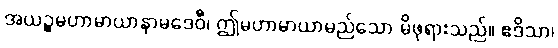
အယဉ္စမဟာမာယာနာမဒေဝီ၊ ဤမဟာမာယာမည်သော မိဖုရားသည်။ ဧဒိသာ၊